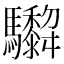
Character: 𩧞